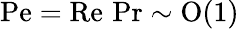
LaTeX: \mathrm{Pe}=\mathrm{Re}\, \operatorname*{Pr}\sim\mathrm{O}(1)